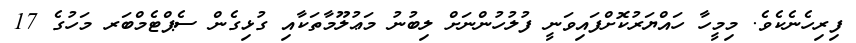
ފިރިހެނެކެވެ. މިމީހާ ހައްޔަރުކޮށްފައިވަނީ ފުލުހުންނަށް ލިބުނު މަޢުލޫމާތަކާއި ގުޅިގެން ސެޕްޓެމްބަރ މަހުގެ 17